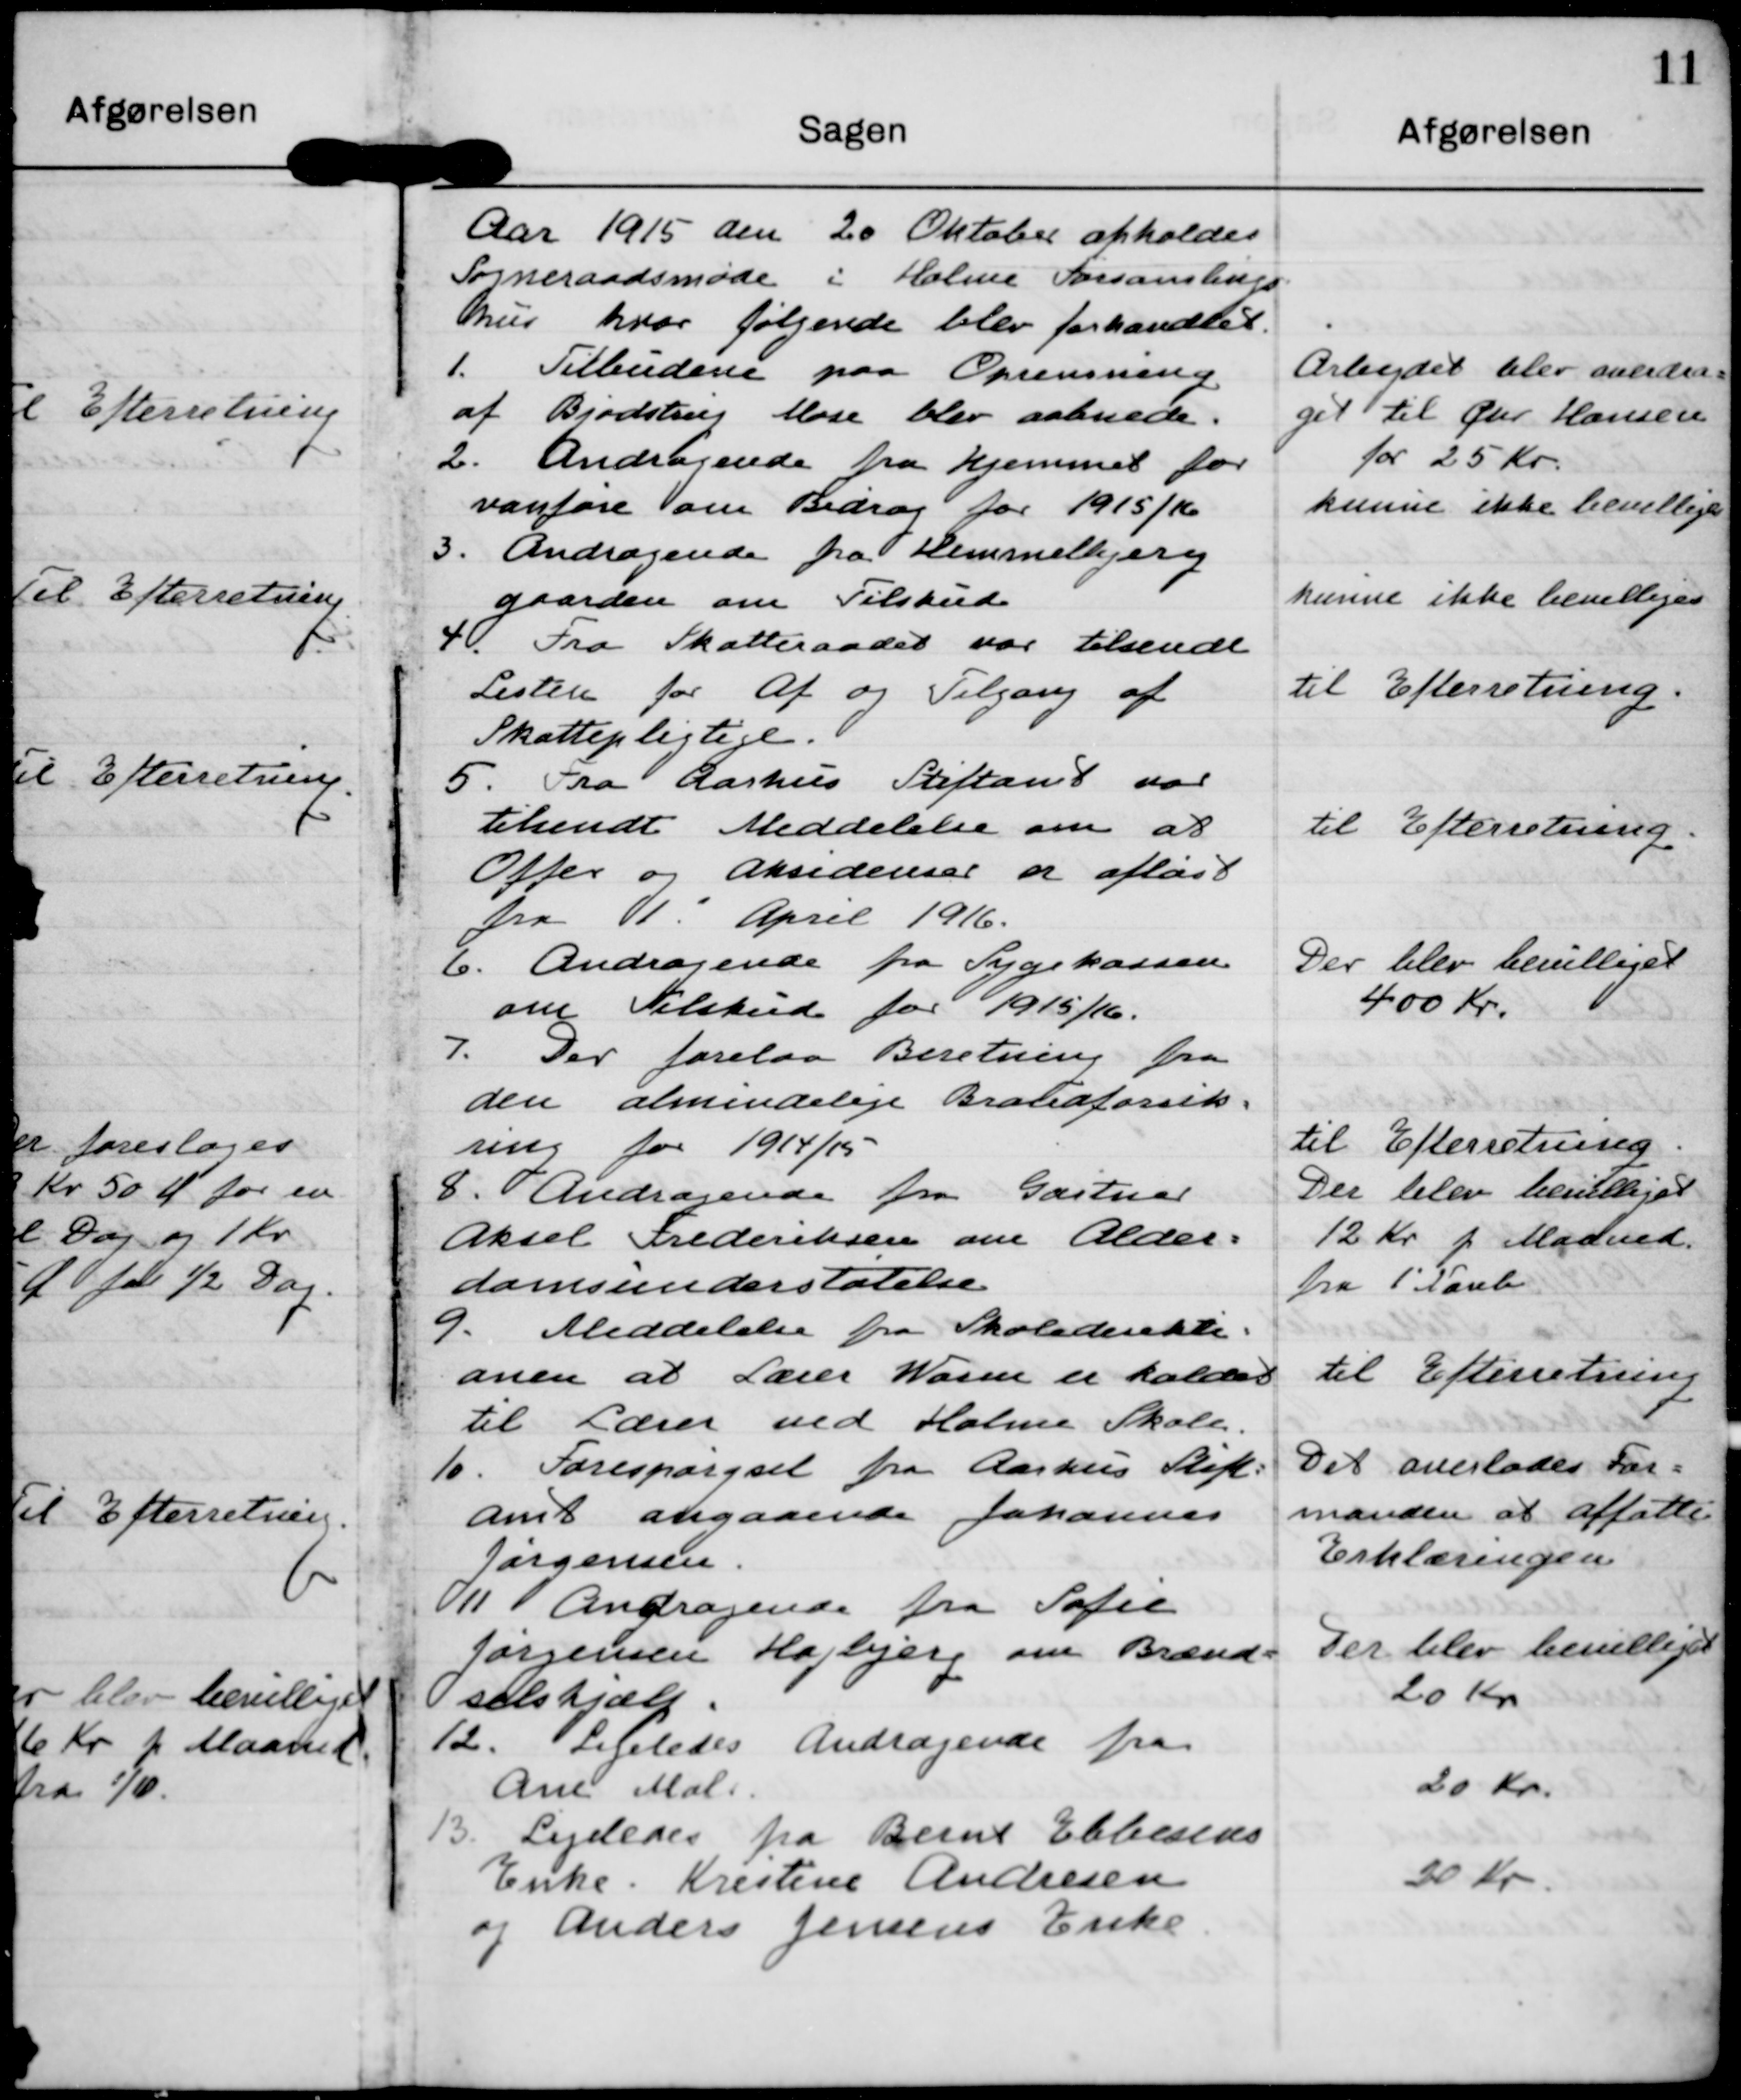
Transskription:
Aar 1915 den 20 Oktober afholdes
Sogneraadsmøde i Holme Forsamlings
hus hvor følgende blev forhandlet.

1. Tilbudene paa Oprensning
af Bjødstrup Mose blev aabnede.

Arbejdet blev overdra=
get til Chr Hansen
for 25 Kr.

2. Andragende fra Hjemmet for
vanføre om Bidrag for 1915/16

kunne ikke bevilliges

3. Andragende fra Himmelbjerg
gaarden om Tilskud

kunne ikke bevilliges

4. Fra Skatteraadet var tilsendt
Listen for Af og Tilgang af
Skattepligtige.

til Efterretning.

5. Fra Aarhus Stiftamt var
tilsendt Meddelelse om at
Offer og Aksidenser er afløst
Fra 1. April 1916.

til Efterretning.

6. Andragende fra Sygekassen
om Tilskud for 1915/16.

Der blev bevilliget
400 Kr.

7. Der forelaa Beretning fra 
den almindelige Brandforsik-
ring for 1914/15

til Efterretning.

8. Andragende for Gartner
Aksel Frederiksen om Alder=
domsunderstøtelse

Der blev bevilliget
12 Kr p Maaned.
fra 1' Novb

9. Meddelelse fra Skolederekti =
onen at Lærer Worm er kaldet
til Lærer ved Holme Skole

til Efterretning

10. Forespørgsel fra Aarhus Stift=
amt angaaende Johannes
Jørgensen.

Det overlodes For=
manden at affatte
Erklæringen.

11 Andragende fra Sofie
Jørgensen Højbjerg om Brænd=
selshjælp.

Der blev bevilliget
20 Kr

12. Ligeledes Andragende fra
Ane Mal.

20 Kr.

13. Ligeledes fra Bernt Ebbesens
Enke Kristine Andresen
og Anders Jensens Enke.

20 Kr.